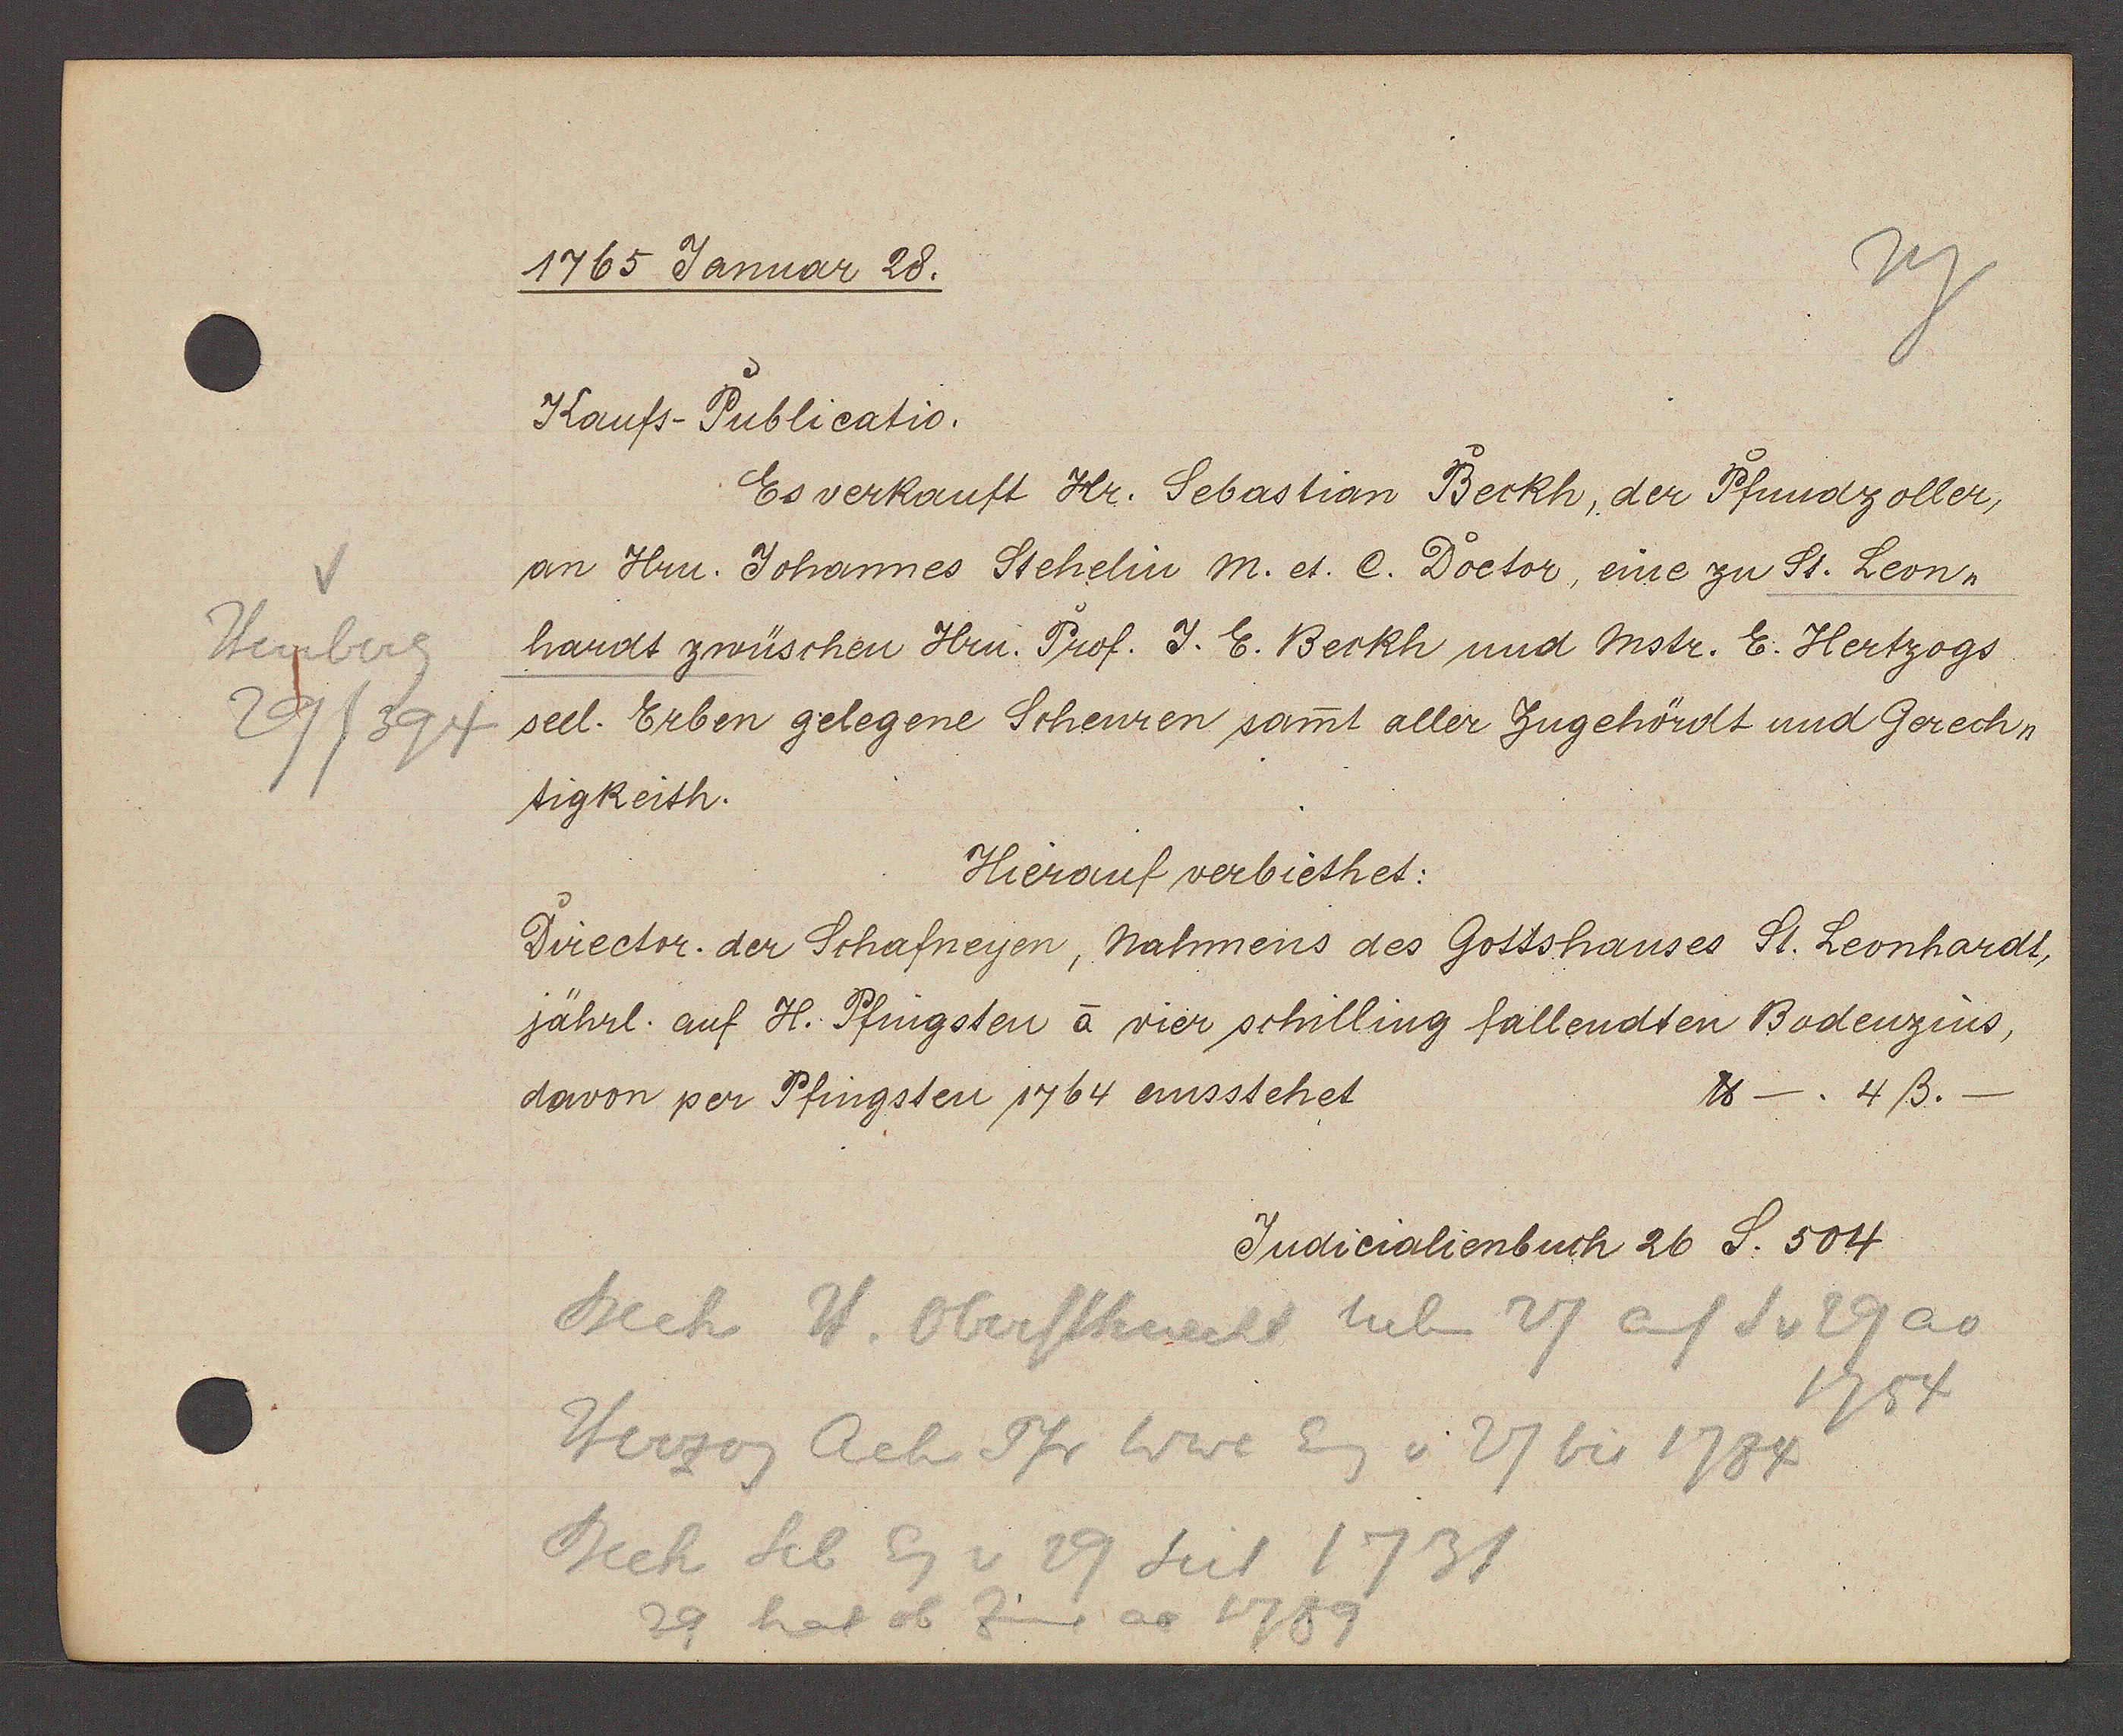
Transcript:
Heuberg
29/394

1765 Januar 28.

Kaufs-Publicatio.
Es verkauft Hr. Sebastian Beckh, der Pfundzoller,
an Hrn. Johannes Stehelin M. et. C. Doctor, eine zu St. Leon¬
hardt zwüschen Hrn. Prof. J. E. Beckh und Mstr. E. Hertzogs
seel. Erben gelegene Scheuren samt aller Zugehördt und Gerech¬
tigkeith.
Hierauf verbiethet:
Director. der Schafneyen, nahmens des Gottshauses St. Leonhardt,
jährl. auf H. Pfingsten à vier schilling fallendten Bodenzins,
℔ -. 4ß.
davon per Pfingsten 1764 aussstehet

Judicialienbuch 26 S. 504

Beck H. Oberstknecht neben 27 auf S v 29 ao
1754
Herzog Ach Pfr Wwe Eig v. 27 bis 1784
Beck Sel Eg v 29 seit 1731
29 hat ob Zins ao 1789